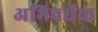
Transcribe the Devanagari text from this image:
अभिवर्धक